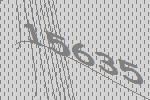
15635